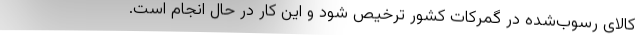
کالای رسوب‌شده در گمرکات کشور ترخیص شود و این کار در حال انجام است.